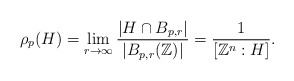
\begin{align*}\rho_p(H) =\lim_{r \to \infty} \frac{|H \cap B_{p,r}|}{|B_{p,r}(\mathbb{Z})|} = \frac{1}{[\mathbb{Z}^n : H]}.\end{align*}